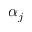
\alpha _ { j }